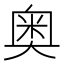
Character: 奥